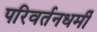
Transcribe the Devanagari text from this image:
परिवर्तनधर्मी